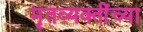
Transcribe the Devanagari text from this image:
मृतव्यक्तींच्या